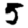
Digit: 5